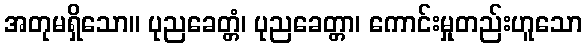
အတုမရှိသော။ ပုညခေတ္တံ၊ ပုညခေတ္တာ၊ ကောင်းမှုတည်းဟူသော